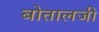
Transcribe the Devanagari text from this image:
बोतालजी